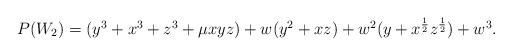
LaTeX: \begin{align*}\begin {array}{lcr} P(W_2)= (y^3+x^3+z^3+ \mu xyz)+ w(y^2+xz)+w^2(y+x^{{1 \over 2}} z^{{1 \over 2}})+w^3. \end{array}\end{align*}